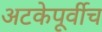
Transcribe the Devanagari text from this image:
अटकेपूर्वीच